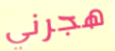
هجرني